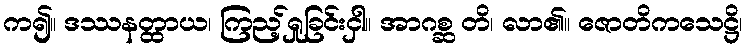
က၍။ ဒဿနတ္ထာယ၊ ကြည့်ရှုခြင်းငှါ။ အာဂစ္ဆ တိ၊ လာ၏။ ဇောတိကသေဋ္ဌိ၊